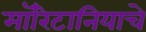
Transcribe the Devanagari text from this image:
मॉरिटानियाचे